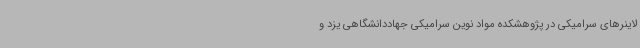
لاینرهای سرامیکی در پژوهشکده مواد نوین سرامیکی جهاددانشگاهی یزد و